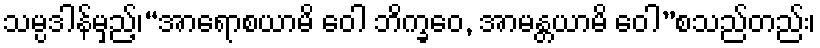
သမ္ပဒါန်မှည့်၊“အာရောစယာမိ ဝေါ ဘိက္ခဝေ, အာမန္တယာမိ ဝေါ”စသည်တည်း၊